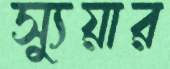
স্যুয়ার